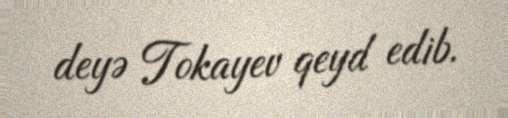
deyə Tokayev qeyd edib.